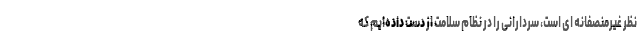
نظر غیرمنصفانه ای است، سردارانی را در نظام سلامت از دست داده‌ایم که